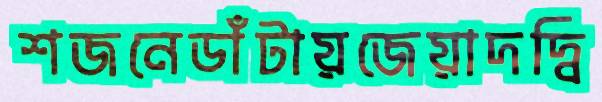
শজনেডাঁটায়জেয়াদদ্বি